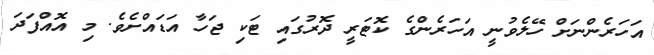
އަހަރެންނަށް ހޭލެވުނީ އަހަރެންގެ ކޮޓަރީ ދޮރުގައި ޓަކި ޖަހާ އަޑައްށެވެ. މި އޮއްފަދަ